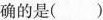
确的是( )